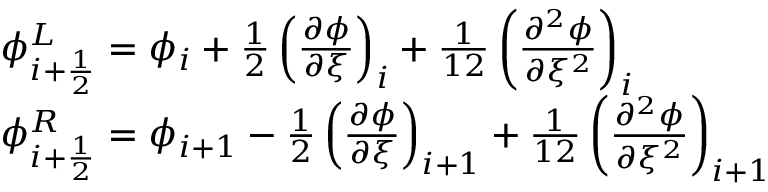
\begin{array} { r l } & { \phi _ { i + \frac { 1 } { 2 } } ^ { L } = \phi _ { i } + \frac { 1 } { 2 } \left( \frac { \partial \phi } { \partial \xi } \right) _ { i } + \frac { 1 } { 1 2 } \left( \frac { \partial ^ { 2 } \phi } { \partial \xi ^ { 2 } } \right) _ { i } } \\ & { \phi _ { i + \frac { 1 } { 2 } } ^ { R } = \phi _ { i + 1 } - \frac { 1 } { 2 } \left( \frac { \partial \phi } { \partial \xi } \right) _ { i + 1 } + \frac { 1 } { 1 2 } \left( \frac { \partial ^ { 2 } \phi } { \partial \xi ^ { 2 } } \right) _ { i + 1 } } \end{array}